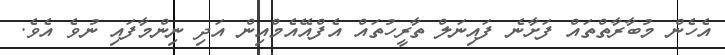
އެހެން މުބާރާތްތައް ފަށާނެ ފައިނަލް ތާރީހުތައް އެފްއޭއެމްއިން އަދި ނިންމާފައި ނުވެ އެވެ.